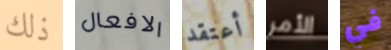
ذلك الافعال أعتقد الأمر في